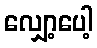
လျှော့ပေါ့